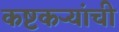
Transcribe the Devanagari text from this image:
कष्टकऱ्यांची